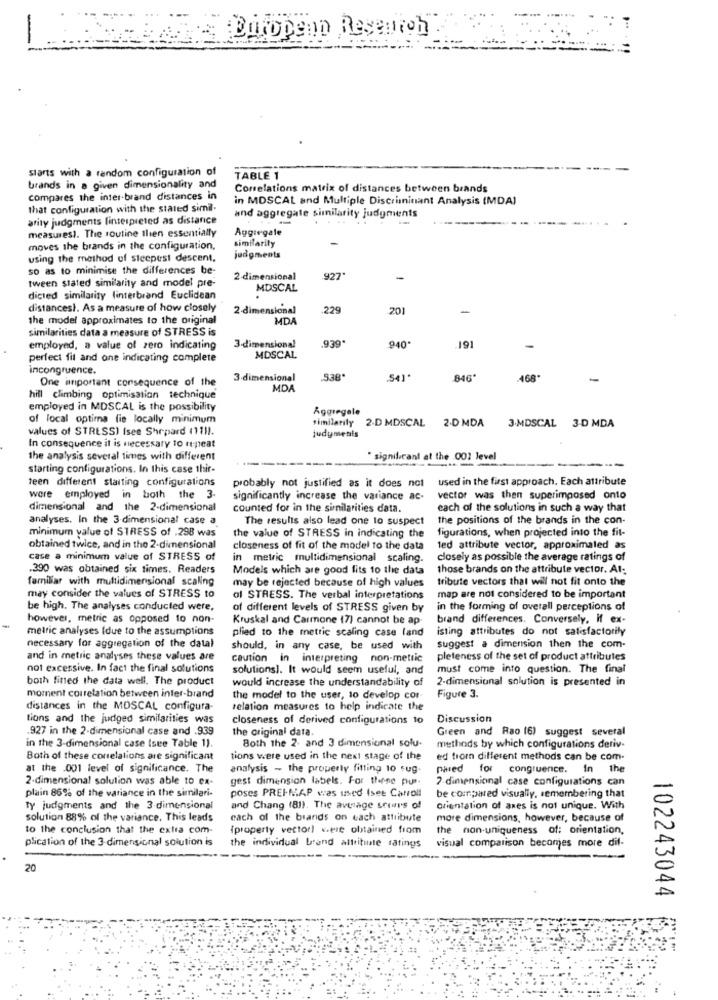
Europenn Resentoh
starts with a random configuration of
TABLE 1
brands in a given dimensionality and
Correlations matrix of distances between brands
compares the inter-brand distances in
in MDSCAL and Multiple Discriminant Analysis (MDA)
that configuration with the stated simil.
arity judgments finterpreted as distance
and aggregate similarity judgments
measures). The routine then essentially
Aggregate
similarity
-
moves the brands in the configuration,
using the method of steepest descent,
judgments
so as to minimise the differences be-
tween stated similarity and model pre-
2 -dimensional
927'
-
MDSCAL
dicled similarity (interbrand Euclidean
distancesl. As a measure of how closely
2-dimensional
229
201
-
the model approximates to the original
MDA
similarities data a measure of STRESS is
.939*
employed, a value of zero indicating
3-dimensional
940
191
perfect fit and one indicating complete
MDSCAL
incongruence.
One important consequence of the
3-dimensional
.838
54)
846
468
MD
hill climbing optimisation technique
employed in MDSCAL is the possibility
Aggregale
of local optima fie locally minimum
similarity 2.D MDSCAL 2.D MDA 3.MDSCAL 3-D MDA
values of STRESS) Isee Shepard (111).
judyments
In consequence it is necessary to repeat
the analysis several times with different
" significant at the 002 level
starting configurations. In this case thir-
teen different starting configurations
probably not justified as it does not
used in the first approach. Each attribute
were employed in both the 3-
significantly increase the variance ac-
vector was then superimposed onto
dimensional and the 2-dimensional
counted for in the similarities data.
each of the solutions in such a way that
analyses. In the 3-dimensional case a
The results also lead one to suspect
the positions of the brands in the con-
minimum value of STRESS of .298 was
the value of STRESS in indicating the
figurations, when projected into the fit-
obtained twice, and in the 2-dimensional
closeness of fit of the model to the data
led attribute vector, approximaled as
case a minimum value of STRESS of
in metric multidimensional scaling.
closely as possible the average ratings of
.390 was obtained six times. Readers
Models which are good fits 10 the data
those brands on the attribute vector. Al:
familiar with multidimensional scaling
may be rejected because of high values
tribute vectors that will not fit onto the
may consider the values of STRESS to
of STRESS. The verbal interpretations
map are not considered to be important
be high. The analyses conducted were,
of different levels of STRESS given by
in the forming of overall perceptions of
however, metric as opposed to non-
Kruskal and Carmone (7) cannot be ap-
brand differences. Conversely, if ex-
metric analyses Idue to the assumptions
plied to the metric scaling case land
isting attributes do not satisfactorily
necessary for aggregation of the datal
should, in any case, be used with
suggest a dimension then the com-
and in metric analyses these values are
caution in interpreting non-metric
pleteness of the set of product attribules
not excessive. In fact the final solutions
solutions]. It would seem useful, and
must come into question. The final
both fined the data well. The product
would increase the understandability of
2-dimensional solution is presented in
moment correlation between inter-brand
the model to the user, to develop cor
Figure 3.
distances in the MDSCAL configura-
relation measures to help indicate the
tions and the judged similarities was
closeness of derived configurations 10
Discussion
.927 in the 2-dimensional case and .939
the original data.
Both the 2. and 3 dimensional solu-
Green and Rao (6) suggest several
in the 3-dimensional case (see Table 1).
methods by which configurations deriv-
Both of these correlations are significant
tions were used in the next stage of the
ed trorn different methods can be com-
at the .001 level of significance. The
analysis - the property fitting 10 sug.
pared for congruence. In the
2-dimensional solution was able to ex-
gest dimension labels. For thene pur.
7 dimensional case configurations can
plain 86% of the variance in the similari-
poses PREI-MAP was used Isee Carroll
be compared visually, remembering that
ty judgments and the 3 dimensional
and Chang (81). The average scors of
orientation of axes is not unique. With
solution 88% of the variance. This leads
each of the brands on each attribute
more dimensions, however, because of
to the conclusion that the extra com-
{property vector) were obtained from
the non-uniqueness of: orientation,
plication of the 3-dimensional solution is
the individual brand attribute ratings
visual comparison becomes more dif-
20
102243044